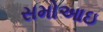
સમોઆઇ